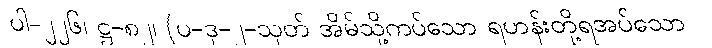
ပါ-၂၂၆၊ ဋ္ဌ-၈၂၊ (ပ-ဒု-၂-သုတ် အိမ်သို့ကပ်သော ရဟန်းတို့ရအပ်သော